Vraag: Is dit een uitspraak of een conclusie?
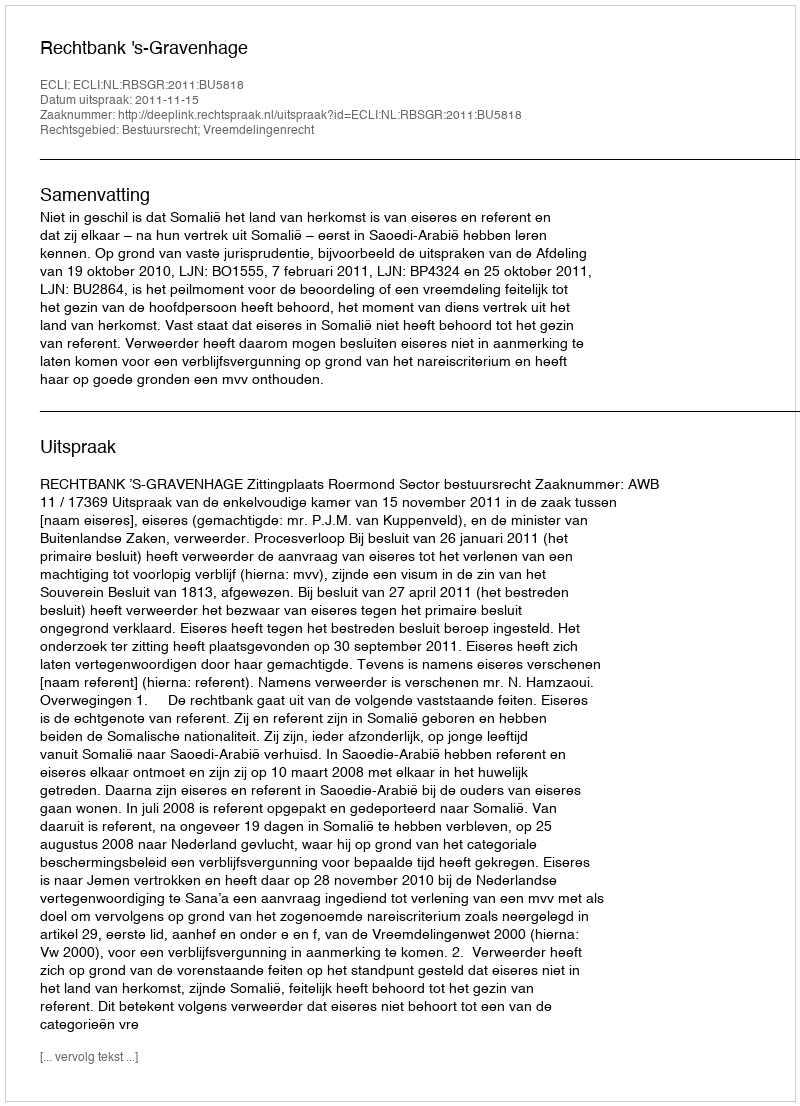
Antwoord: Uitspraak